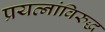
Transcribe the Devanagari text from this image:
प्रयत्‍नांविरुद्ध